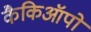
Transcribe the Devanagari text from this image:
कैकिऑपो